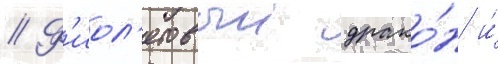
// Ф'иол'етовыи драко́н и́